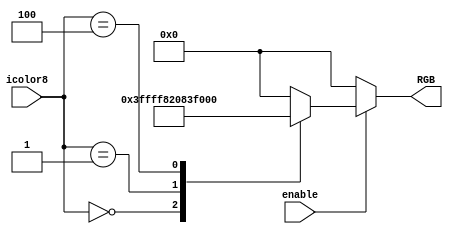
module data_to_color(
    input               enable,
    input [2:0]         icolor8,
    output reg [17:0]   RGB
);
    always @(icolor8) begin
        RGB <= 18'd0;
        if(enable) begin
            case (icolor8)
                3'b000: RGB <= 18'b111111_111111_111111; //cell
                3'b001: RGB <= 18'b100000_100000_100000; //grid
                3'b100: RGB <= 18'b111111_000000_000000; //body
                3'b111:  RGB <= 18'b000000_000000_000000;
                default: RGB <= 18'b000000_000000_000000;
            endcase
        end
    end
endmodule